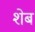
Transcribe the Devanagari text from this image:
शेब